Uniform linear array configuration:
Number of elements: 32
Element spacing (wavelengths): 1
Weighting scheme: exponential
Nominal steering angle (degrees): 0
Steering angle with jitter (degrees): -0.7517
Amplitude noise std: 0.05
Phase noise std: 0.05

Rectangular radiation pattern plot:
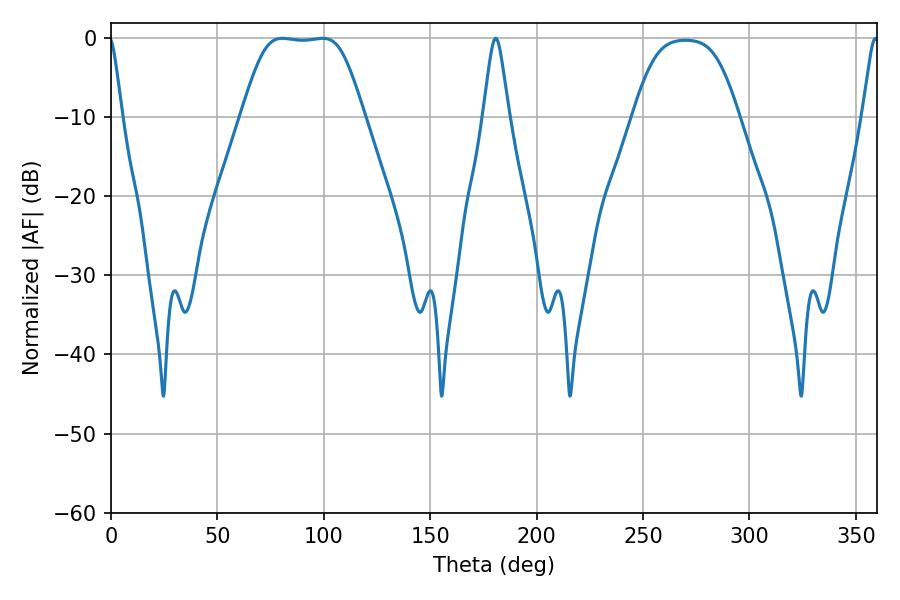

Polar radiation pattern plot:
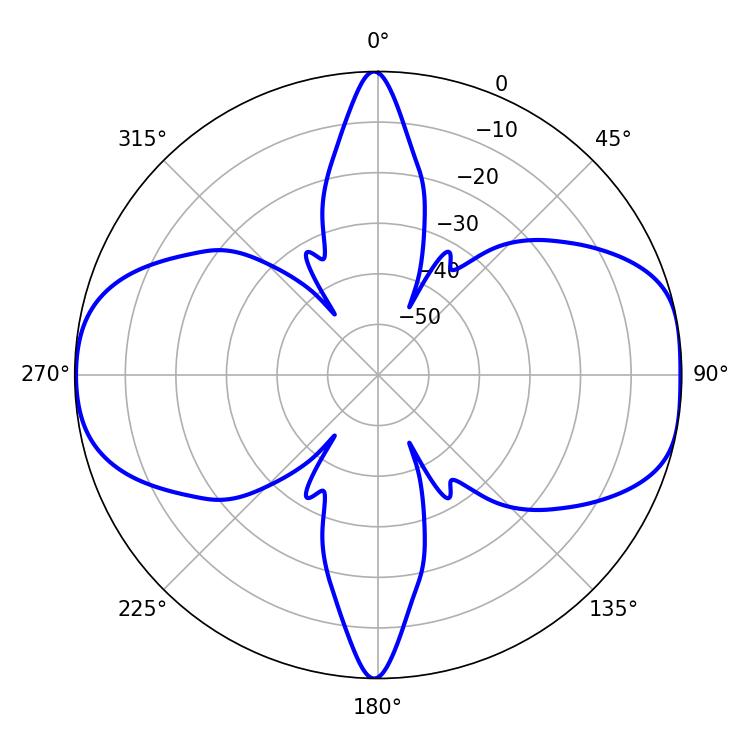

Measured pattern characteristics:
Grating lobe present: TRUE
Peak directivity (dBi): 10.422
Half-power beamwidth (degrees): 41.4
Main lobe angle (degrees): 80.46